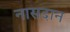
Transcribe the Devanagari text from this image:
नासदान